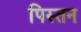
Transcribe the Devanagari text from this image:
पिस्तन